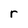
Character: r